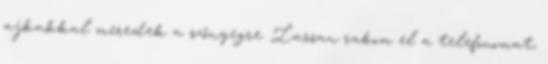
ajkakkal meredek a szőnyegre. Lassan rakom el a telefonomat,